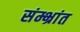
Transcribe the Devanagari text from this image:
संम्भ्रांत